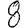
Digit: 8